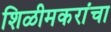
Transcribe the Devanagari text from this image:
शिळीमकरांचा